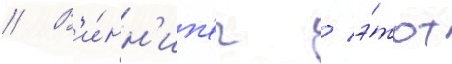
// В'и́нн'ип'ег / э́тот